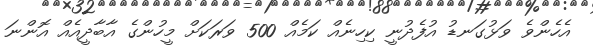
އެހެންވެ ވަޅުގަނޑު އުފެދުނީ ކިހިނެއް ކަމެއް 500 ވަރަކަށް މީހުންގެ އާބާދީއެއް އޮންނަ